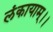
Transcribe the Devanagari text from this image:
लंकायाम्।।